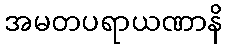
အမတပရာယဏာနိ